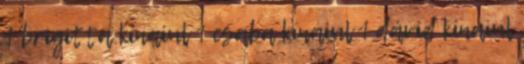
1 brigitta kínaiul 1 csaba kínaiul 1 dávid kínaiul